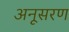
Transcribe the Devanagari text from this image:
अनूसरण